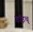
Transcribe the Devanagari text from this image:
डॉइच्